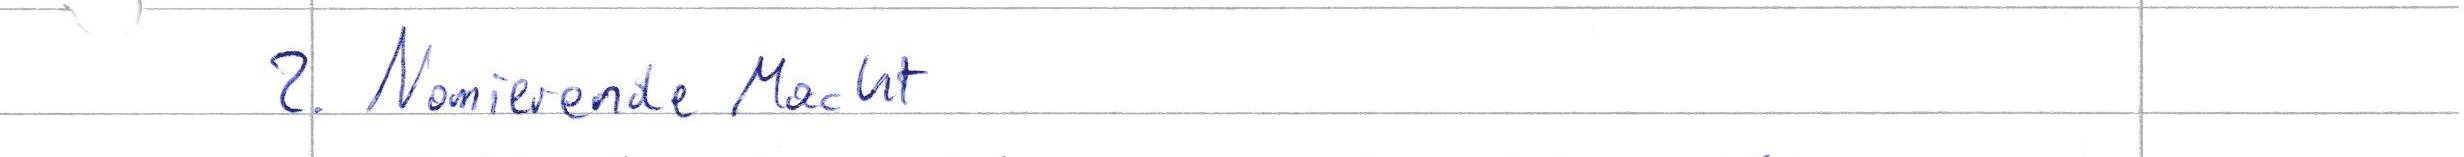
2. Nomierende Macht